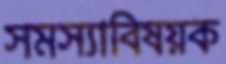
সমস্যাবিষয়ক